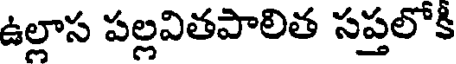
ఉల్లాస పల్లవితపాలిత సప్తలోక